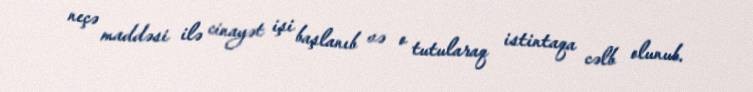
neçə maddəsi ilə cinayət işi başlanıb və o tutularaq istintaqa cəlb olunub.